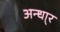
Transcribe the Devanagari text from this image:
अन्धा्र